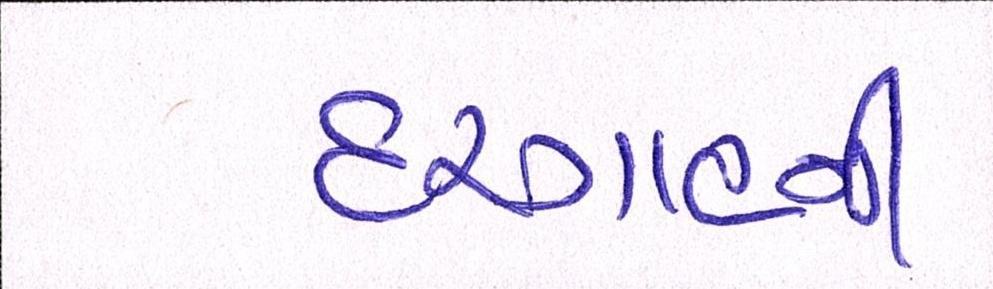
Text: દરગાહની